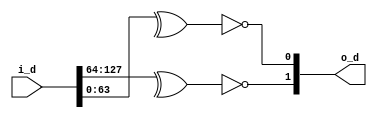
// *!***************************************************************************
// *! Copyright 2019 International Business Machines
// *!
// *! Licensed under the Apache License, Version 2.0 (the "License");
// *! you may not use this file except in compliance with the License.
// *! You may obtain a copy of the License at
// *! http://www.apache.org/licenses/LICENSE-2.0 
// *!
// *! The patent license granted to you in Section 3 of the License, as applied
// *! to the "Work," hereby includes implementations of the Work in physical form. 
// *!
// *! Unless required by applicable law or agreed to in writing, the reference design
// *! distributed under the License is distributed on an "AS IS" BASIS,
// *! WITHOUT WARRANTIES OR CONDITIONS OF ANY KIND, either express or implied.
// *! See the License for the specific language governing permissions and
// *! limitations under the License.
// *!***************************************************************************
module capi_parity_gen#(parameter dwidth=64, parameter width=2)
   (input [0:dwidth*width-1] i_d,
    output [0:width-1] o_d
    );

   genvar 	       i;
   generate
      for(i=0; i<width; i=i+1)
	begin :gen
	   assign o_d[i] = ~(^(i_d[i*dwidth:((i+1)*dwidth)-1]));
	end
   endgenerate
endmodule // capi_parity_gen